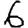
Digit: 6